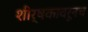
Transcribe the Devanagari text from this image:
शीर्षकावरूनच